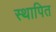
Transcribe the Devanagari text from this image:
स्थापित